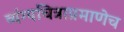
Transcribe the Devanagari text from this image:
व्यंग्यचित्राप्रमाणेच